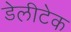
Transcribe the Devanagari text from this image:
डेलीटेक